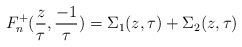
\begin{align*}F_n^+({z\over \tau },{-1\over \tau })=\Sigma_1(z,\tau )+\Sigma_2(z,\tau )\end{align*}